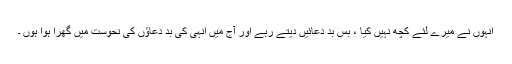
انہوں نے میرے لئے کچھ نہیں کیا ، بس بد دعائیں دیتے رہے اور آج میں انہی کی بد دعاﺅں کی نحوست میں گھرا ہوا ہوں ۔